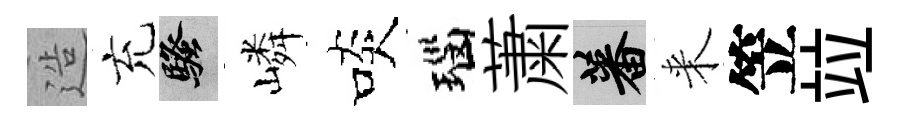
造充騷嶙啖瑙䔥蕃来笠竝